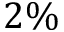
2 \%